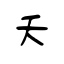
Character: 夭